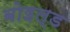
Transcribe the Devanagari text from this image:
बोइल्ड